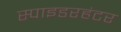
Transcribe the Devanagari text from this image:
स्पाइडरहंटर